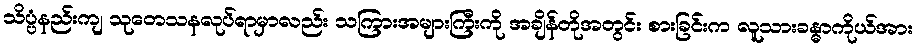
သိပ္ပံနည်းကျ သုတေသနလုပ်ရာမှာလည်း သကြားအများကြီးကို အချိန်တိုအတွင်း စားခြင်းက လူသားခန္ဓာကိုယ်အား